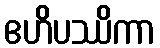
ဧဟိပဿိကာ